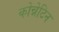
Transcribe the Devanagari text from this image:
कोन्नेटिन